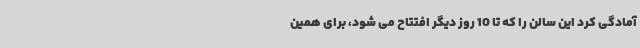
آمادگی کرد این سالن را که تا 10 روز دیگر افتتاح می شود، برای همین